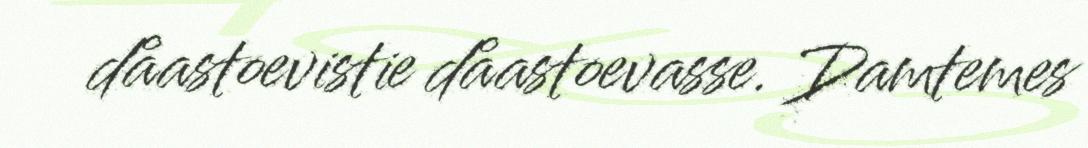
dåastoevistie dåastoevasse. Damtemes